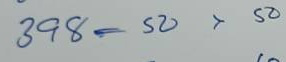
398 = 50 x 50